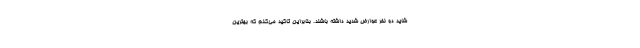
شاید دو نفر عوارض شدید داشته باشند. بنابراین تاکید می‌کنم که بهترین